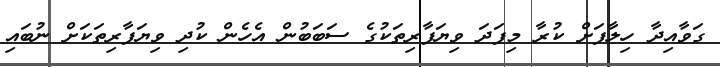
ގަވާއިދާ ހިލާފަށް ކުރާ މިފަދަ ވިޔަފާރިތަކުގެ ސަބަބުން އެހެން ކުދި ވިޔަފާރިތަކަށް ނުބައި